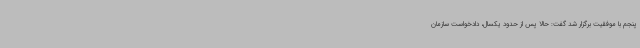
پنجم با موفقیت برگزار شد گفت: حالا پس از حدود یکسال، دادخواست سازمان